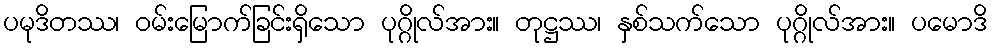
ပမုဒိတဿ၊ ဝမ်းမြောက်ခြင်းရှိသော ပုဂ္ဂိုလ်အား။ တုဋ္ဌဿ၊ နှစ်သက်သော ပုဂ္ဂိုလ်အား။ ပမောဒိ